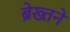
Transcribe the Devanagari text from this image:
ब्रेख्तने